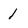
Character: 1